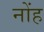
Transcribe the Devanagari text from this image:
नोंह